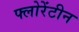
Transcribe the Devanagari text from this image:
फ्लोरेंटीन